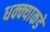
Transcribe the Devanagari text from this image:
धक्क्याकडे